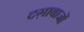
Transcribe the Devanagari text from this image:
दग़ाबाजों